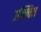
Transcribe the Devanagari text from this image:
उन्नित